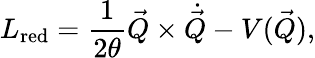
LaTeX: L_{\mathrm{red}}=\frac{1}{2\theta}\vec{Q}\times\dot{\vec{Q}}-V(\vec{Q}),